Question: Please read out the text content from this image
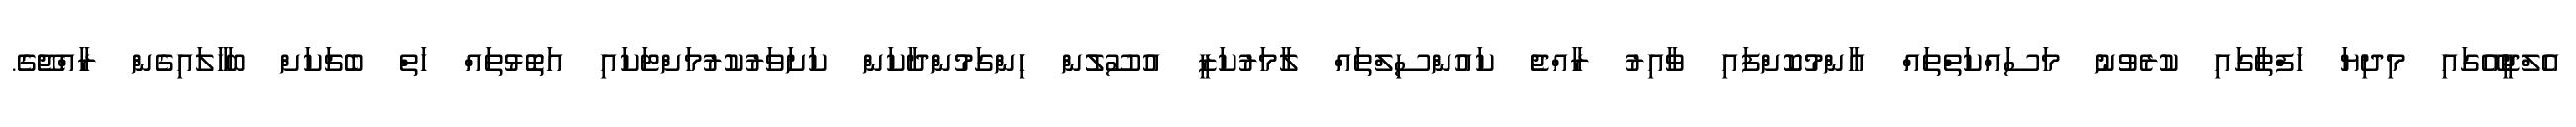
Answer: އެލްޖީއޭގައި މިދިޔަ ހަފްތާގައި ކުރެވުނު މަސައްކަތްތައް އާންމުކޮށްފައި ވާއިރު ރާއްޖެ ކައުންސިލްތައް ލާމަރުކަޒީ އުސޫލުން ހިންގަމުންދާކަން ކަށަވަރުކުރުމަށްޓަކައި އަތޮޅުތައް ހަތް ބެޗަކަށް ބަހާލައިގެން ރާއްޖޭގެ.